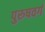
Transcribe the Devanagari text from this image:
पुरुषवर्ग